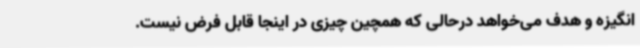
انگیزه و هدف می‌خواهد درحالی که همچین چیزی در اینجا قابل فرض نیست.